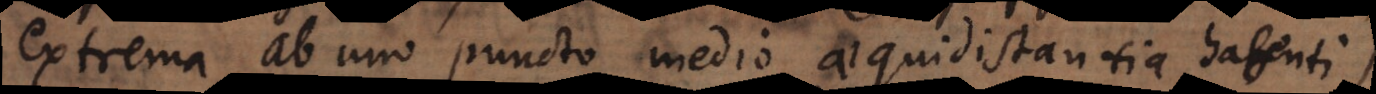
extrema ab uno puncto medio aequidistantia habenti)